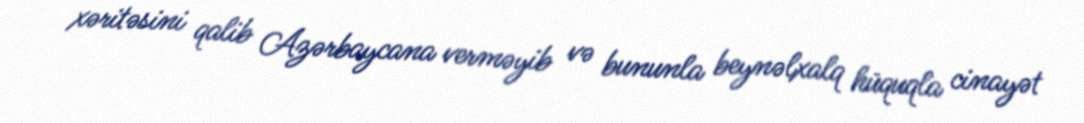
xəritəsini qalib Azərbaycana verməyib və bununla beynəlxalq hüquqla cinayət